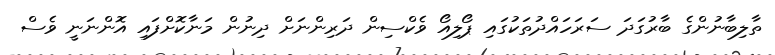
ތާލިބާނުންގެ ބާރުގަދަ ސަރަހައްދުތަކުގައި ޕޯލިއޯ ވެކްސިން ދަރިންނަށް ދިނުން މަނާކޮށްފައި އޮންނަނީ ވެސް